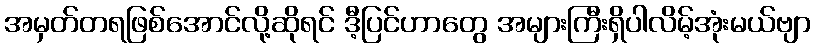
အမှတ်တရဖြစ်အောင်လို့ဆိုရင် ဒီ့ပြင်ဟာတွေ အများကြီးရှိပါလိမ့်အုံးမယ်ဗျာ